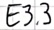
Text: E3.3